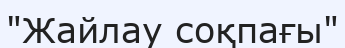
"Жайлау соқпағы"